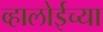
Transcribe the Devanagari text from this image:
व्हालोईच्या